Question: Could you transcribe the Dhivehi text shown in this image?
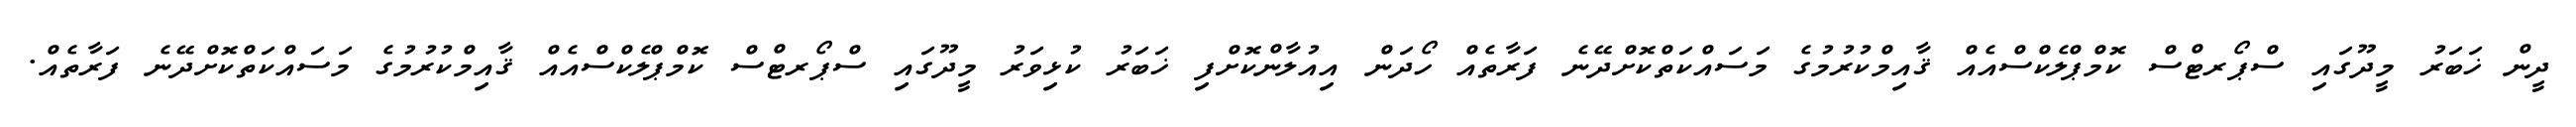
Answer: ދީން ޚަބަރު މީދޫގައި ސްޕޯރޓްސް ކޮމްޕްލެކްސްއެއް ޤާއިމްކުރުމުގެ މަސައްކަތްކޮށްދޭނެ ފަރާތެއް ހޯދަން އިއުލާންކޮށްފި ޚަބަރު ކުޅިވަރު މީދޫގައި ސްޕޯރޓްސް ކޮމްޕްލެކްސްއެއް ޤާއިމްކުރުމުގެ މަސައްކަތްކޮށްދޭނެ ފަރާތެއް.